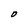
Character: O